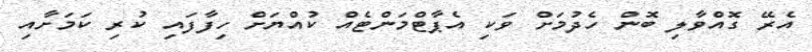
އެރޭ ގޮއްވާލި ބޮން ހެދުމަށް ވަކި އެޕާޓްމަންޓެއް ކުއްޔަށް ހިފާފައި ކުރި ކަމަށާއި